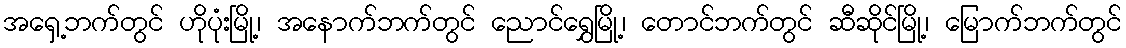
အရှေ့ဘက်တွင် ဟိုပုံးမြို့၊ အနောက်ဘက်တွင် ညောင်ရွှေမြို့၊ တောင်ဘက်တွင် ဆီဆိုင်မြို့၊ မြောက်ဘက်တွင်